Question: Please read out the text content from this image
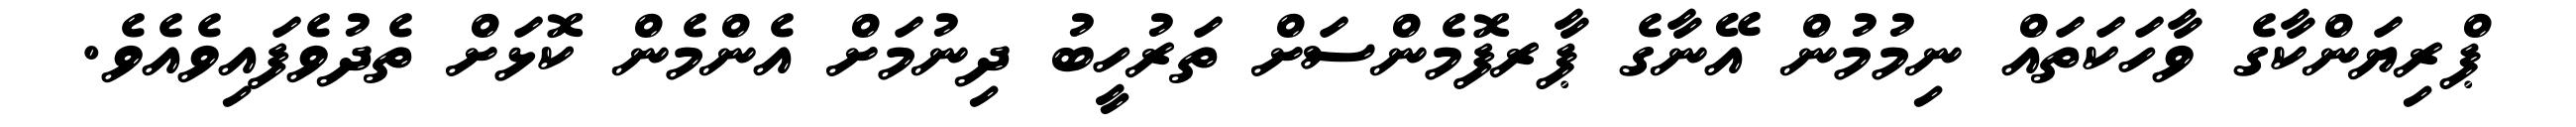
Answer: ޕްރިޔަންކާގެ ވާހަކަތައް ނިމުމުން އޭނާގެ ޕާރފޮމެންސަށް ތަރުހީބު ދިނުމަށް އެންމެން ކޮޅަށް ތެދުވެފައިވެއެވެ.